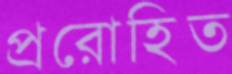
প্ররোহিত